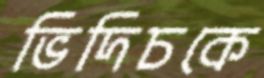
ভিদিচকে